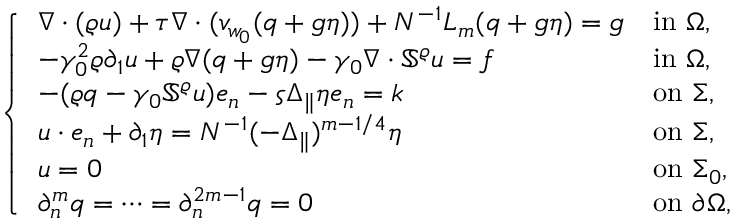
\left\{ \begin{array} { l l } { \nabla \cdot ( \varrho u ) + \tau \nabla \cdot ( v _ { w _ { 0 } } ( q + \mathfrak { g } \eta ) ) + N ^ { - 1 } L _ { m } ( q + \mathfrak { g } \eta ) = g } & { \mathrm { i n ~ } \Omega , } \\ { - \gamma _ { 0 } ^ { 2 } \varrho \partial _ { 1 } u + \varrho \nabla ( q + \mathfrak { g } \eta ) - \gamma _ { 0 } \nabla \cdot \mathbb { S } ^ { \varrho } u = f } & { \mathrm { i n ~ } \Omega , } \\ { - ( \varrho q - \gamma _ { 0 } \mathbb { S } ^ { \varrho } u ) e _ { n } - \varsigma \Delta _ { \| } \eta e _ { n } = k } & { \mathrm { o n ~ } \Sigma , } \\ { u \cdot e _ { n } + \partial _ { 1 } \eta = N ^ { - 1 } ( - \Delta _ { \| } ) ^ { m - 1 / 4 } \eta } & { \mathrm { o n ~ } \Sigma , } \\ { u = 0 } & { \mathrm { o n ~ } \Sigma _ { 0 } , } \\ { \partial _ { n } ^ { m } q = \cdots = \partial _ { n } ^ { 2 m - 1 } q = 0 } & { \mathrm { o n ~ } \partial \Omega , } \end{array} \right.